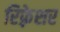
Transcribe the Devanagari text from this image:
रिफ़्रेशर